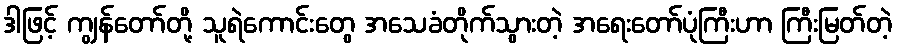
ဒါဖြင့် ကျွန်တော်တို့ သူရဲကောင်းတွေ အသေခံတိုက်သွားတဲ့ အရေးတော်ပုံကြီးဟာ ကြီးမြတ်တဲ့